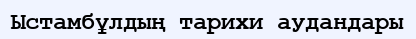
Ыстамбұлдың тарихи аудандары